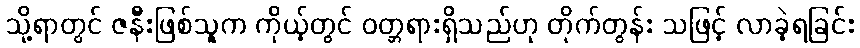
သို့ရာတွင် ဇနီးဖြစ်သူက ကိုယ့်တွင် ဝတ္တရားရှိသည်ဟု တိုက်တွန်း သဖြင့် လာခဲ့ရခြင်း